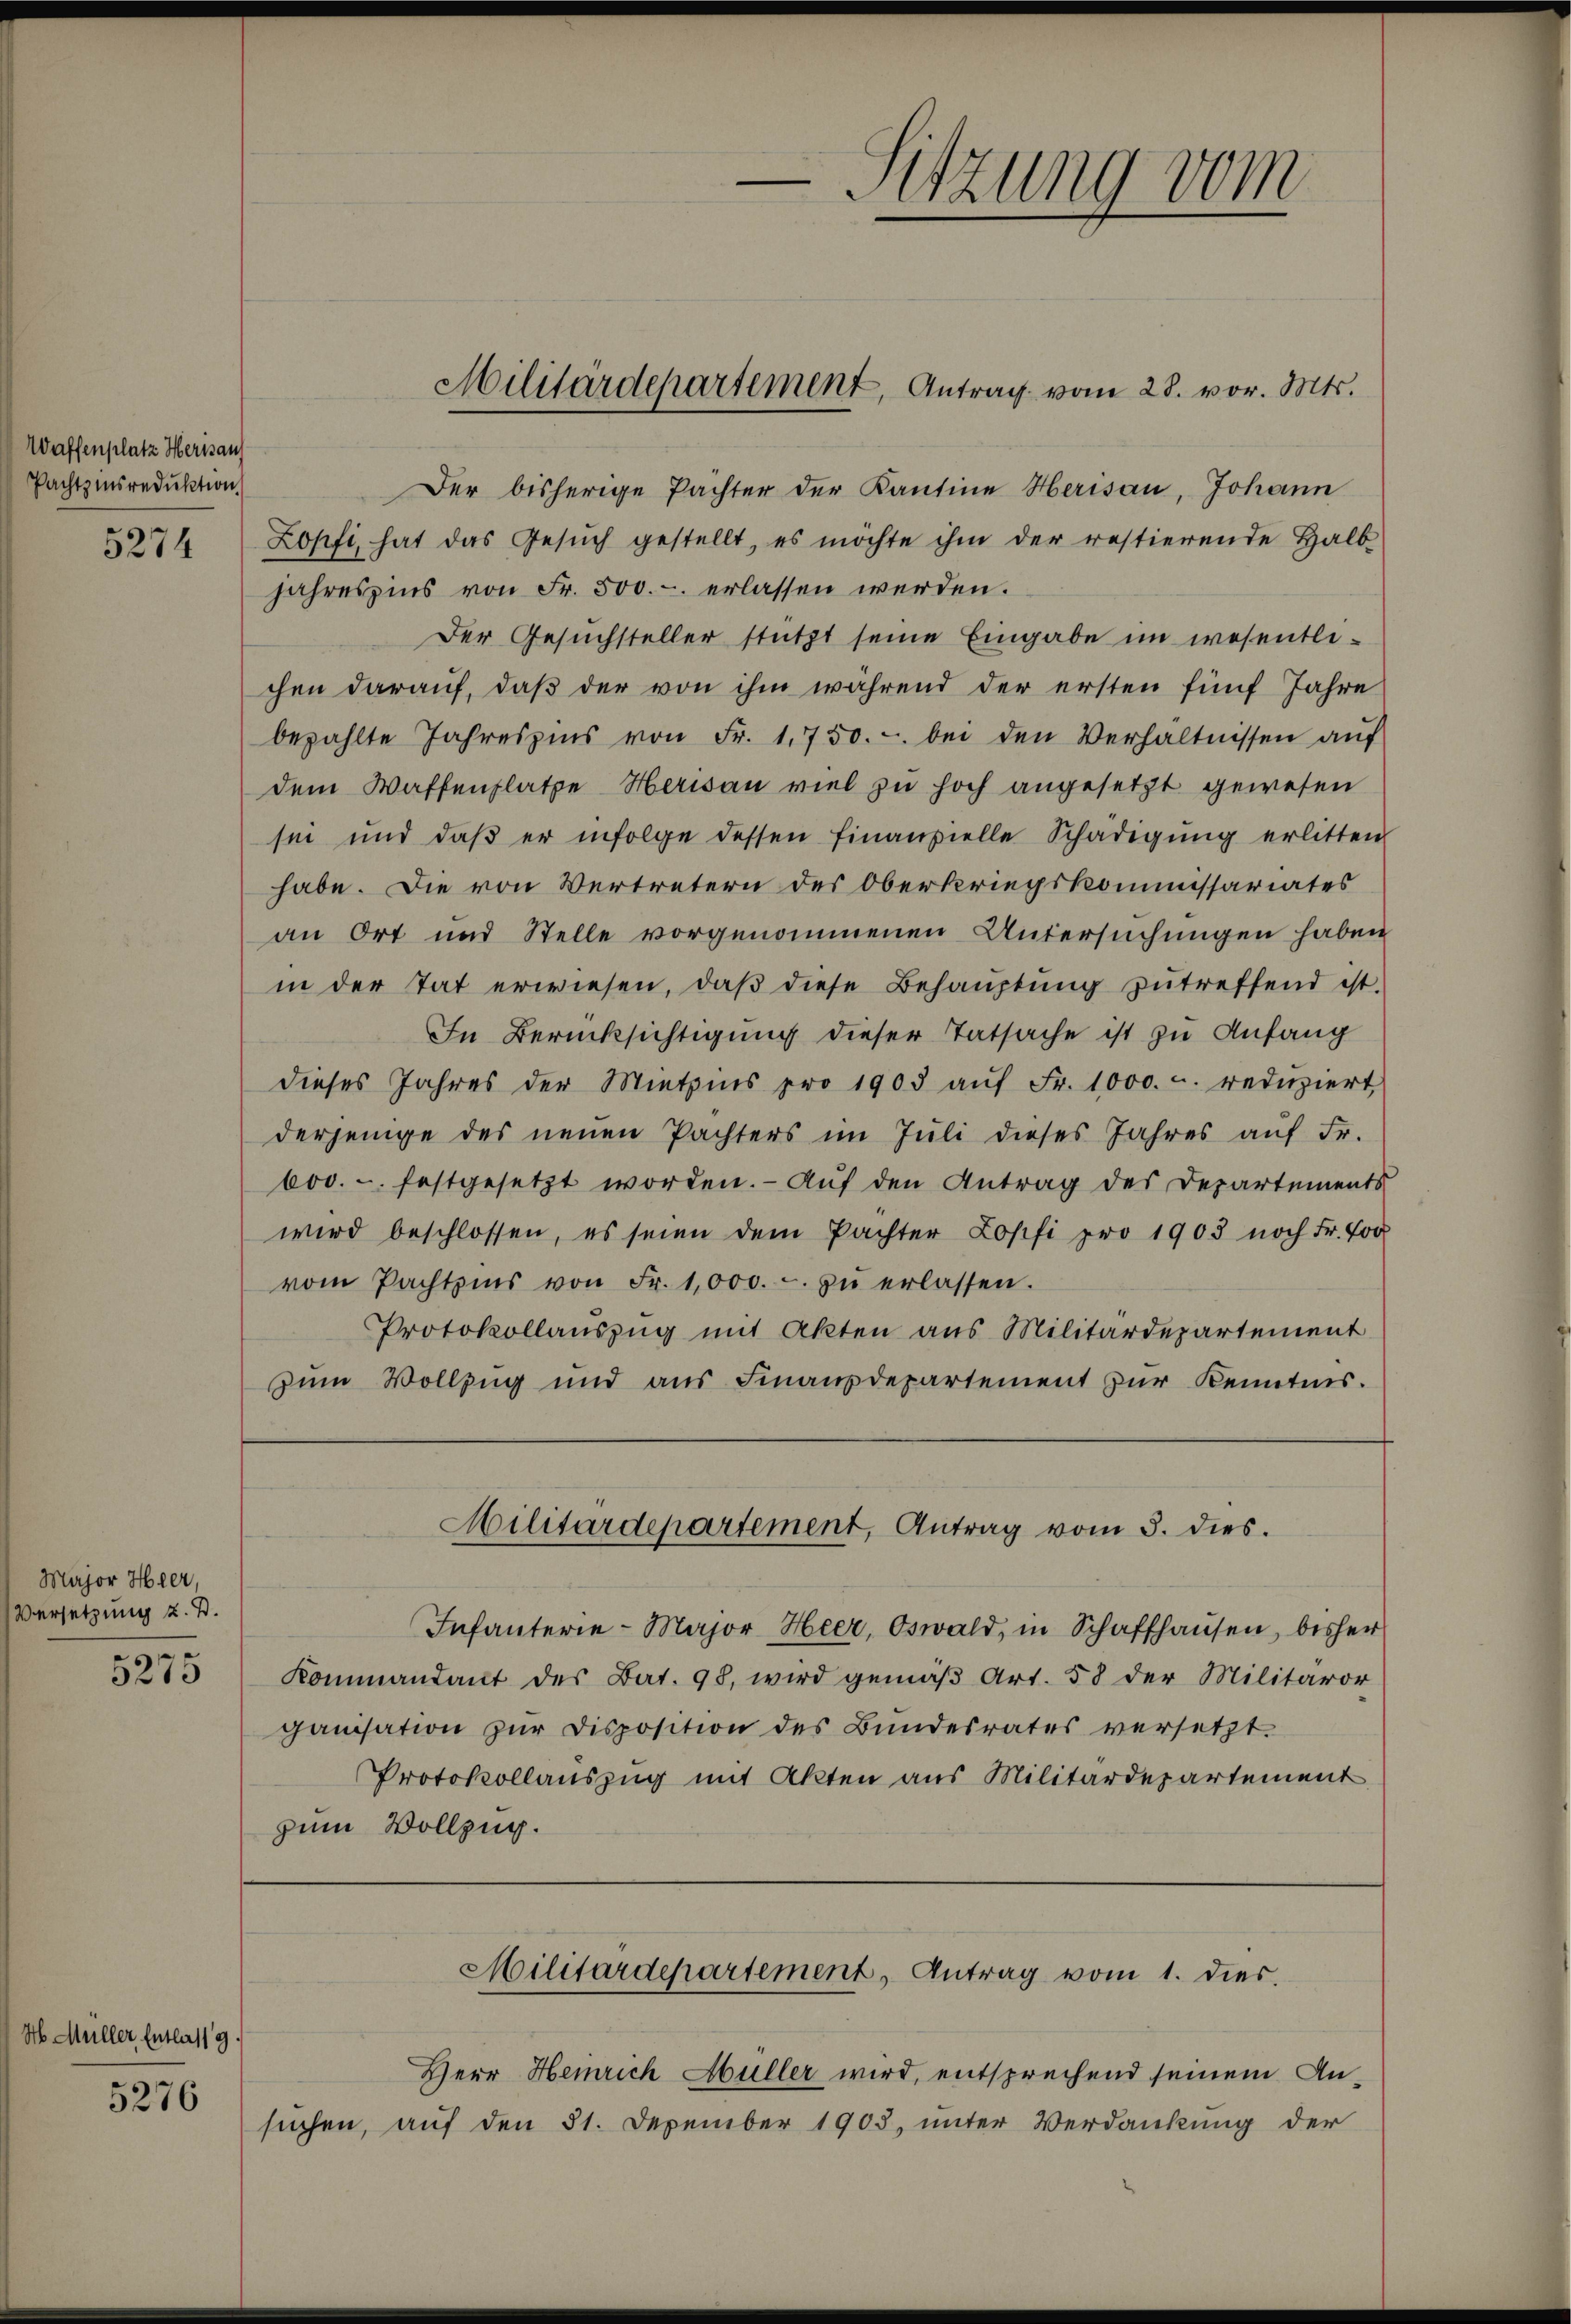
Waffenplatz Herisau
Pachtzinsreduktion
5274

Major Heer,
Versetzung z. B.

5275

H. Müller, Entlas 19.

5276

Der bisherige Pächter der Kantine Herisau, Johann
Zopfi, hat das Gesŭch gestellt, es möchte ihm der restierende Halb
jahreszins von Fr. 500.- erlassen werden.
Der Gesuchsteller stützt seine Eingabe im wesentlichen darauf, daß der von ihm während der ersten fünf Jahre
bezahlte Jahreszins von Fr. 1750.- bei den Verhältnissen aŭf
dem Waffenplatze Herisau viel zu hoch angesetzt gewesen
sei und daβ er infolge dessen finanzielle Schädigŭng erlitten
habe. Die von Vertretern des Oberkriegskommissariates
an Ort und Stelle vorgenommenen Untersuchungen haben
in der tat erwiesen, daβ diese Behaŭptŭng zŭ treffend ist.
In Berücksichtigung dieser Tatsache ist zu Anfang
dieses Jahres der Miethens pro 1903 aŭf Fr. 1000. u. redŭziert
derjenige des neuen Pachters im Juli dieses Jahres aŭf Fr.
600.-. festgesetzt worden. Auf den Antrag des Departements
wird beschlossen, es seien dem Pachter Lopfi pro 1903 noch Fr. 600
vom Pachtzins von Fr. 1,000.- zŭ erlassen.
Protokollauszug mit Akten aus Militärdepartement
zum Vollzug und aus Finanzdepartement zur Kenntnis.
Militärdepartement, Antrag vom 3. dies.
Infanterie-Major Heer, Oswald, in Schaffhaŭsen, bisher
Kommandant des Bat. 98, wird gemäβ Art. 58 der Militäror
ganisation zŭr Disposition des Bundesrates versetzt.
Protokollauszug mit Akten aus Militärdepartement
zum Vollzug.

Militärdepartement, Antrag vom 28. vor. Mts.

Sitzung vom
d

Herr Heinrich Müller wird, entsprechend seinem Ansuchen, auf den 31. Dezember 1903, unter Verdankung der

Militärdepartement, Antrag vom 1. dies.